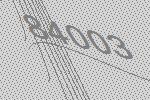
84003